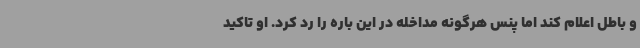
و باطل اعلام کند اما پنس هرگونه مداخله در این باره را رد کرد. او تاکید